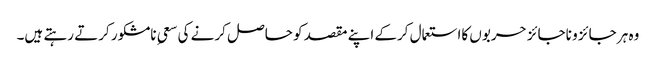
وہ ہر جائز و ناجائز حربوں کااستعمال کرکے اپنے مقصد کو حاصل کرنے کی سعیِ نامشکور کرتے رہتے ہیں۔